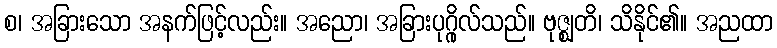
စ၊ အခြားသော အနက်ဖြင့်လည်း။ အညော၊ အခြားပုဂ္ဂိုလ်သည်။ ဗုဇ္ဈတိ၊ သိနိုင်၏။ အညထာ